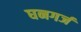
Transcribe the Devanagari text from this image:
घनगर्ज